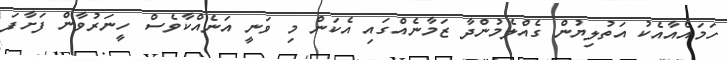
ހަމައެއާއެކު އަތުލިޔުން ގެއްލެމުންދާ ޒަމާނެއްގައި އެކަން މި ވަނީ އަނެއްކާވެސް ހީނަރުވާން ފަށާފަ